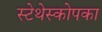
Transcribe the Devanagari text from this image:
स्टेथेस्कोपका